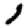
Digit: 1